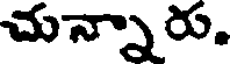
చున్నారు.